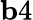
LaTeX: {\mathbf b4}